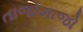
તાજોમાજો